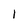
Character: 1